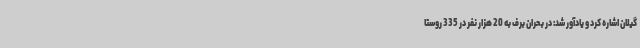
گیلان اشاره کرد و یادآور شد: در بحران برف به 20 هزار نفر در 335 روستا